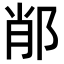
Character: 𨛍